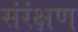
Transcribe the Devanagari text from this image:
संरंक्षण